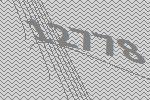
12778